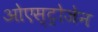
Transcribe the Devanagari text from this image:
ओएस्ट्रोजेन